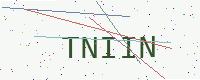
Text: TNIIN